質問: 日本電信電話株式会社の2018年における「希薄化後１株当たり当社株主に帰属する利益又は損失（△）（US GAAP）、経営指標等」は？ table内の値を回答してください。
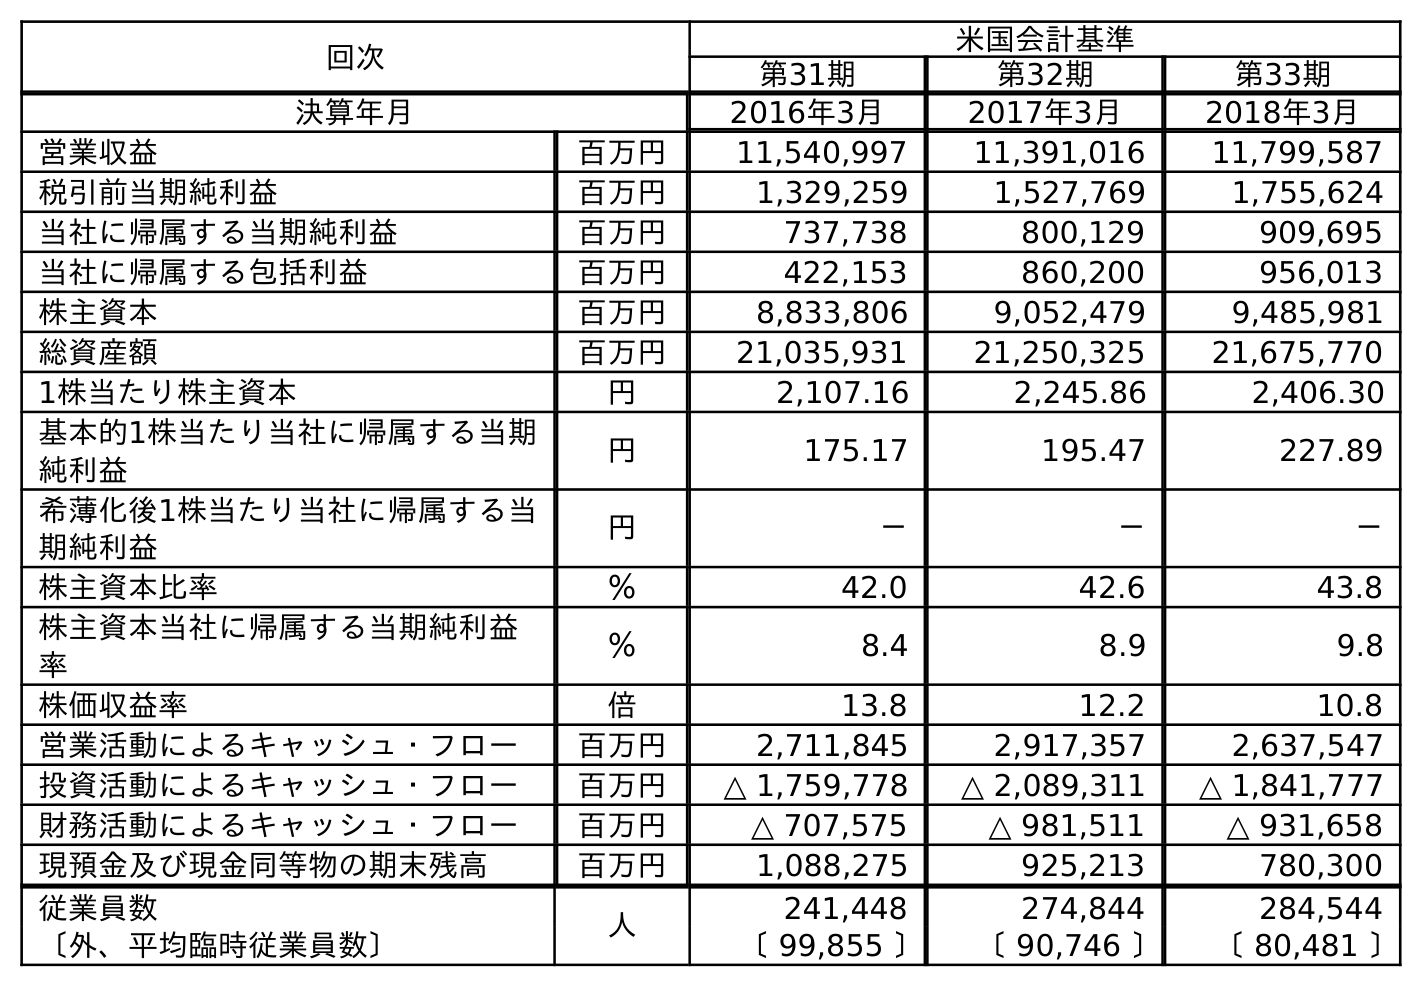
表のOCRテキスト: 回次 米国会計基準 第31期 第32期 第33期 決算年月 2016年3月 2017年3月 2018年3月 営業収益 百万円 11,540,997 11,391,016 11,799,587 税引前当期純利益 百万円 1,329,259 1,527,769 1,755,624 当社に帰属する当期純利益 百万円 737,738 800,129 909,695 当社に帰属する包括利益 百万円 422,153 860,200 956,013 株主資本 百万円 8,833,806 9,052,479 9,485,981 総資産額 百万円 21,035,931 21,250,325 21,675,770 1株当たり株主資本 円 2,107.16 2,245.86 2,406.30 基本的1株当たり当社に帰属する当期 純利益 円 175.17 195.47 227.89 希薄化後1株当たり当社に帰属する当 期純利益 円 － － － 株主資本比率 ％ 42.0 42.6 43.8 株主資本当社に帰属する当期純利益 率 ％ 8.4 8.9 9.8 株価収益率 倍 13.8 12.2 10.8 営業活動によるキャッシュ・フロー 百万円 2,711,845 2,917,357 2,637,547 投資活動によるキャッシュ・フロー 百万円 △ 1,759,778 △ 2,089,311 △ 1,841,777 財務活動によるキャッシュ・フロー 百万円 △ 707,575 △ 981,511 △ 931,658 現預金及び現金同等物の期末残高 百万円 1,088,275 925,213 780,300 従業員数 人 241,448 274,844 284,544 〔外、平均臨時従業員数〕 〔 99,855 〕 〔 90,746 〕 〔 80,481 〕
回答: －